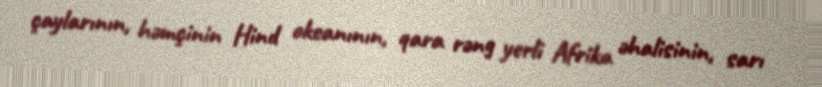
çaylarının, həmçinin Hind okeanının, qara rəng yerli Afrika əhalisinin, sarı